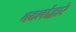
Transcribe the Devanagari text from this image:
बदलांद्वारे